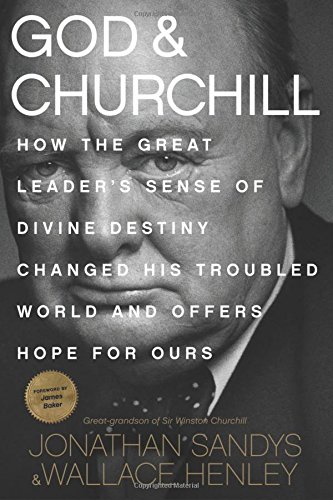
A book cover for God & Churchill: How the Great Leader's Sense of Divine Destiny Changed His Troubled World and Offers Hope for Ours; Jonathan Sandys; Biographies & Memoirs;